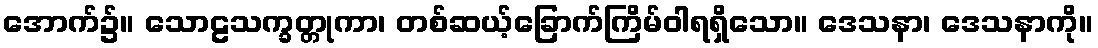
အောက်၌။ သောဠသက္ခတ္တုကာ၊ တစ်ဆယ့်ခြောက်ကြိမ်ဝါရရှိသော။ ဒေသနာ၊ ဒေသနာကို။